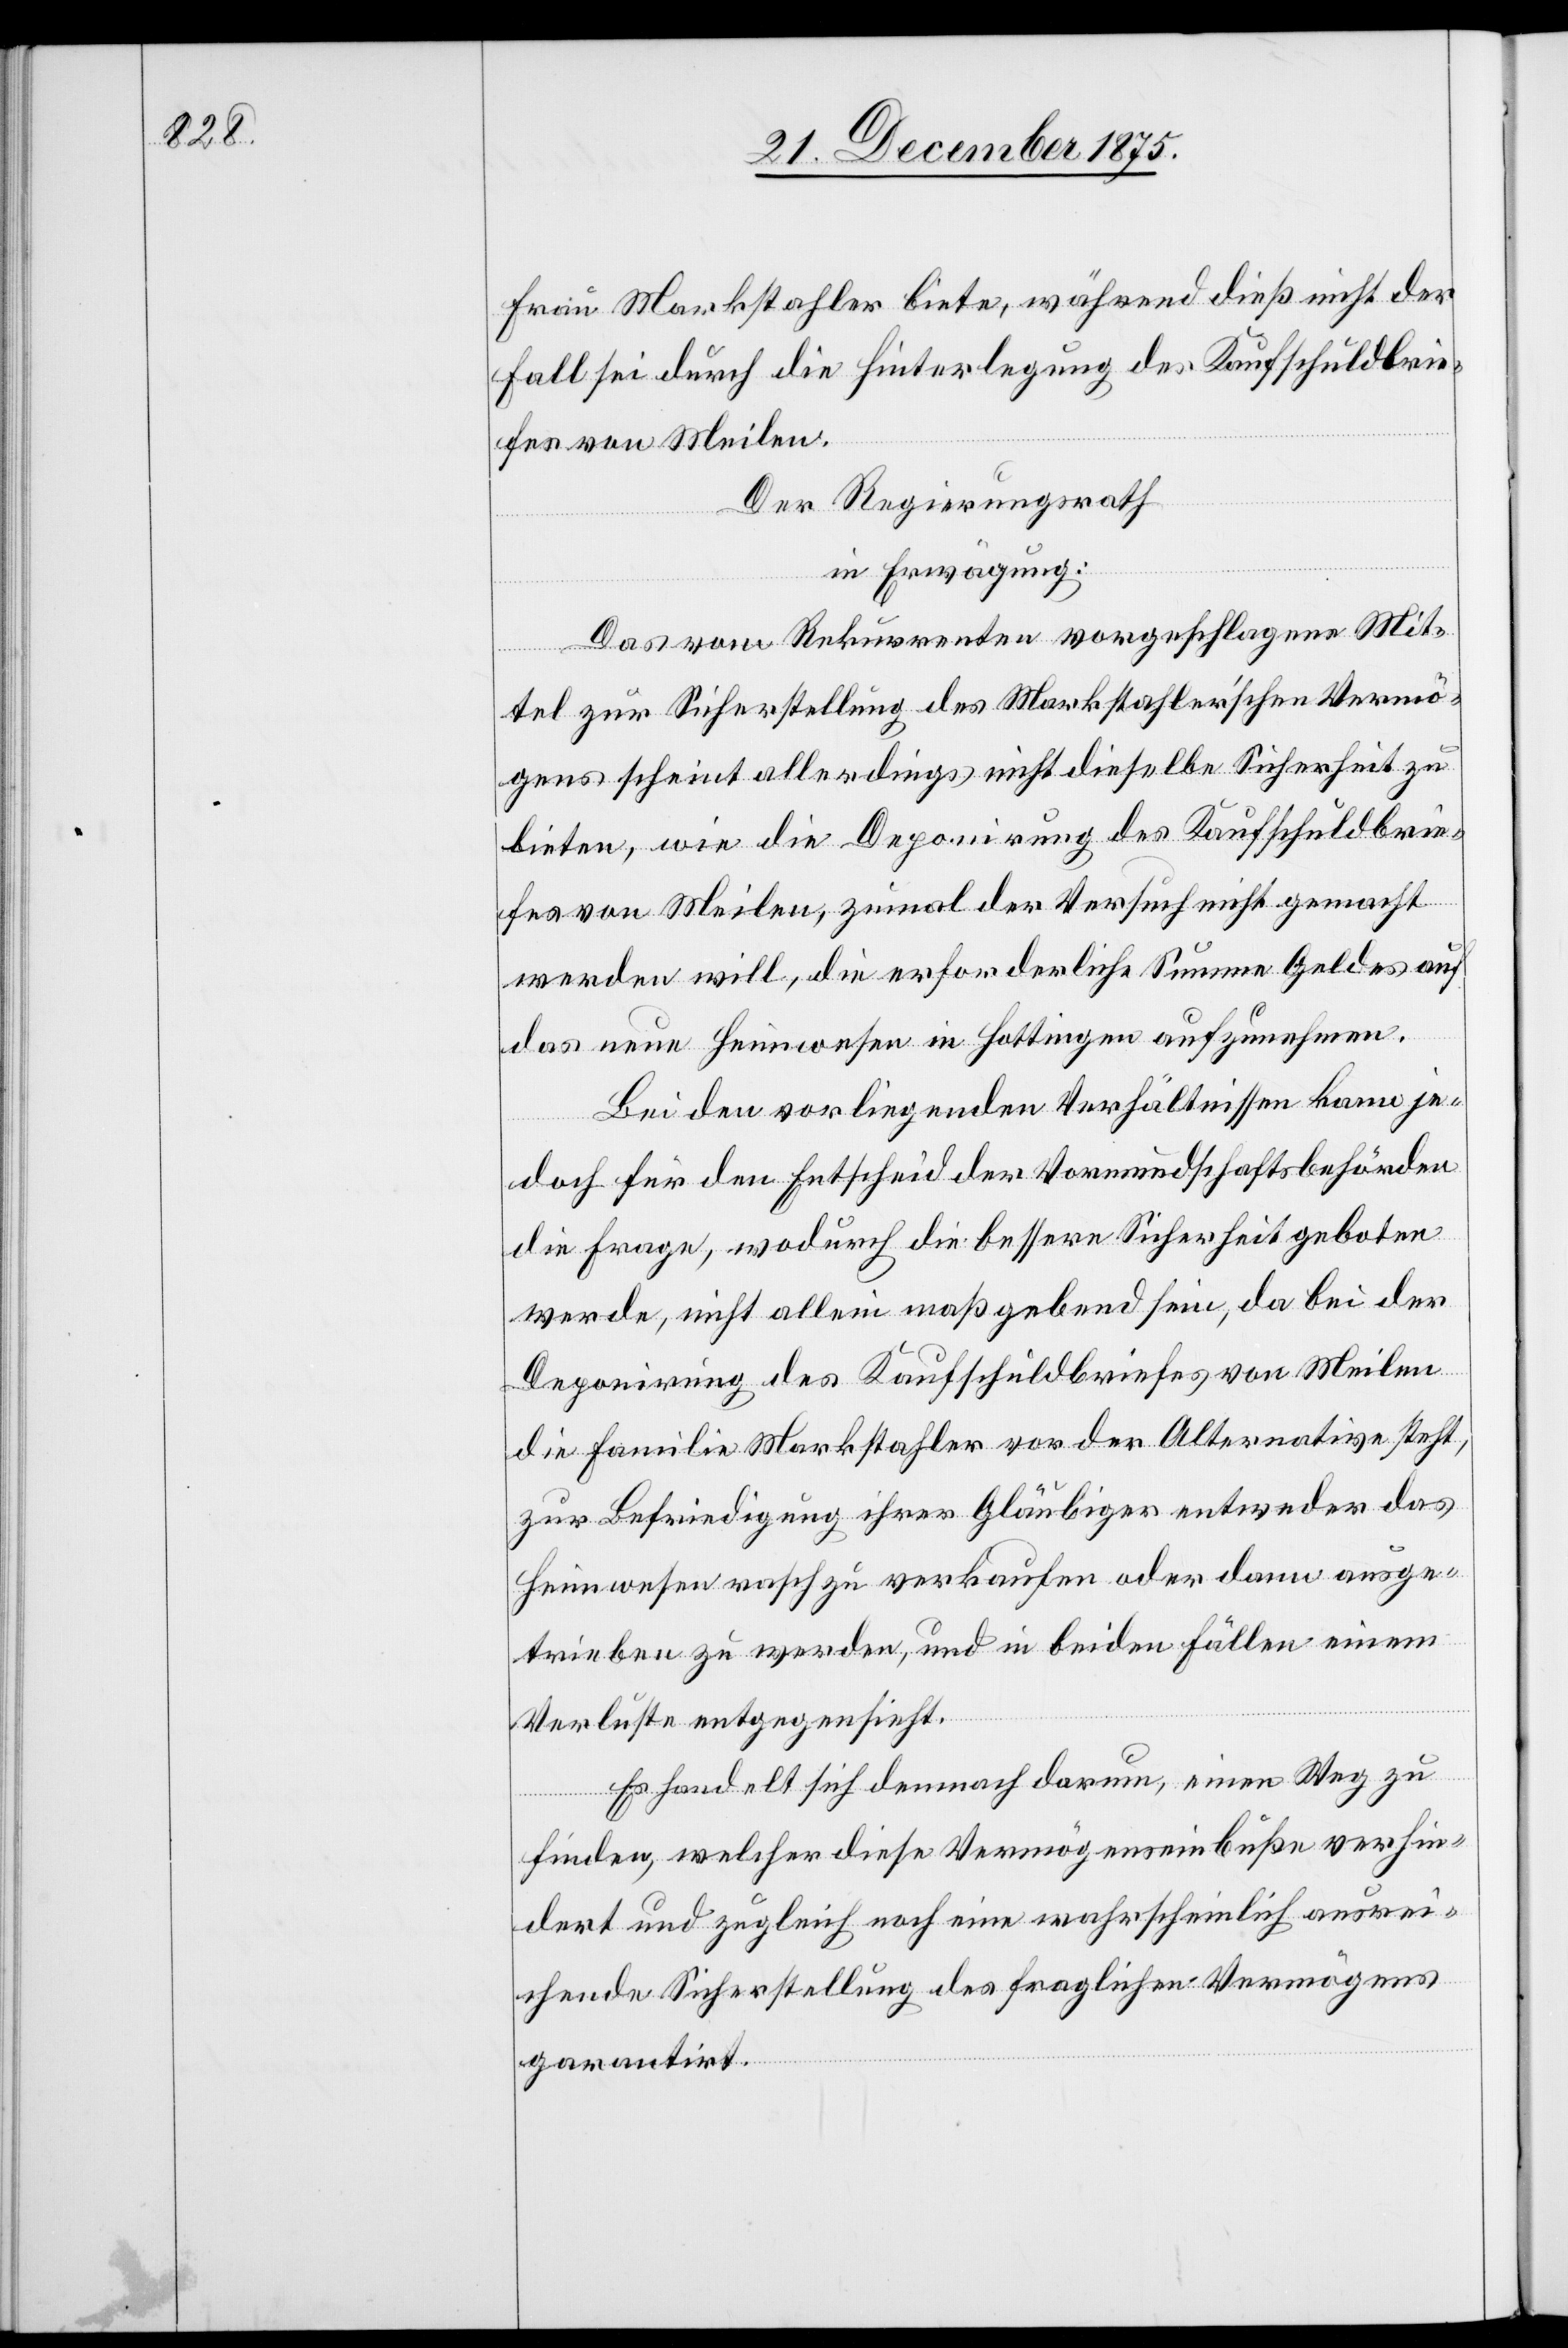
Frau Markstahler biete, während dieß nicht der
Fall sei durch die Hinterlegung des Kaufschuldbrie¬
fes von Meilen.
Der Regierungsrath,
in Erwägung:
Das vom Rekurrenten vorgeschlagene Mit¬
tel zur Sicherstellung des Markstahler’schen Vermö¬
gens scheint allerdings nicht dieselbe Sicherheit zu
bieten, wie die Deponirung des Kaufschuldbrie¬
fes von Meilen, zumal der Versuch nicht gemacht
werden will, die erforderliche Summe Geldes auf
das neue Heimwesen in Hottingen aufzunehmen.
Bei den vorliegenden Verhältnissen kann je¬
doch für den Entscheid der Vormundschaftsbehörden
die Frage, wodurch die bessere Sicherheit geboten
werde, nicht allein maßgebend sein, da bei der
Deponirung des Kaufschuldbriefes von Meilen
die Familie Markstahler vor der Alternative steht,
zur Befriedigung ihrer Gläubiger entweder das
Heimwesen rasch zu verkaufen oder dann ausge¬
trieben zu werden, und in beiden Fällen einem
Verluste entgegensieht.
Es handelt sich demnach darum, einen Weg zu
finden, welcher diese Vermögenseinbuße verhin¬
dert und zugleich noch eine wahrscheinlich ausrei¬
chende Sicherstellung des fraglichen Vermögens
garantirt.